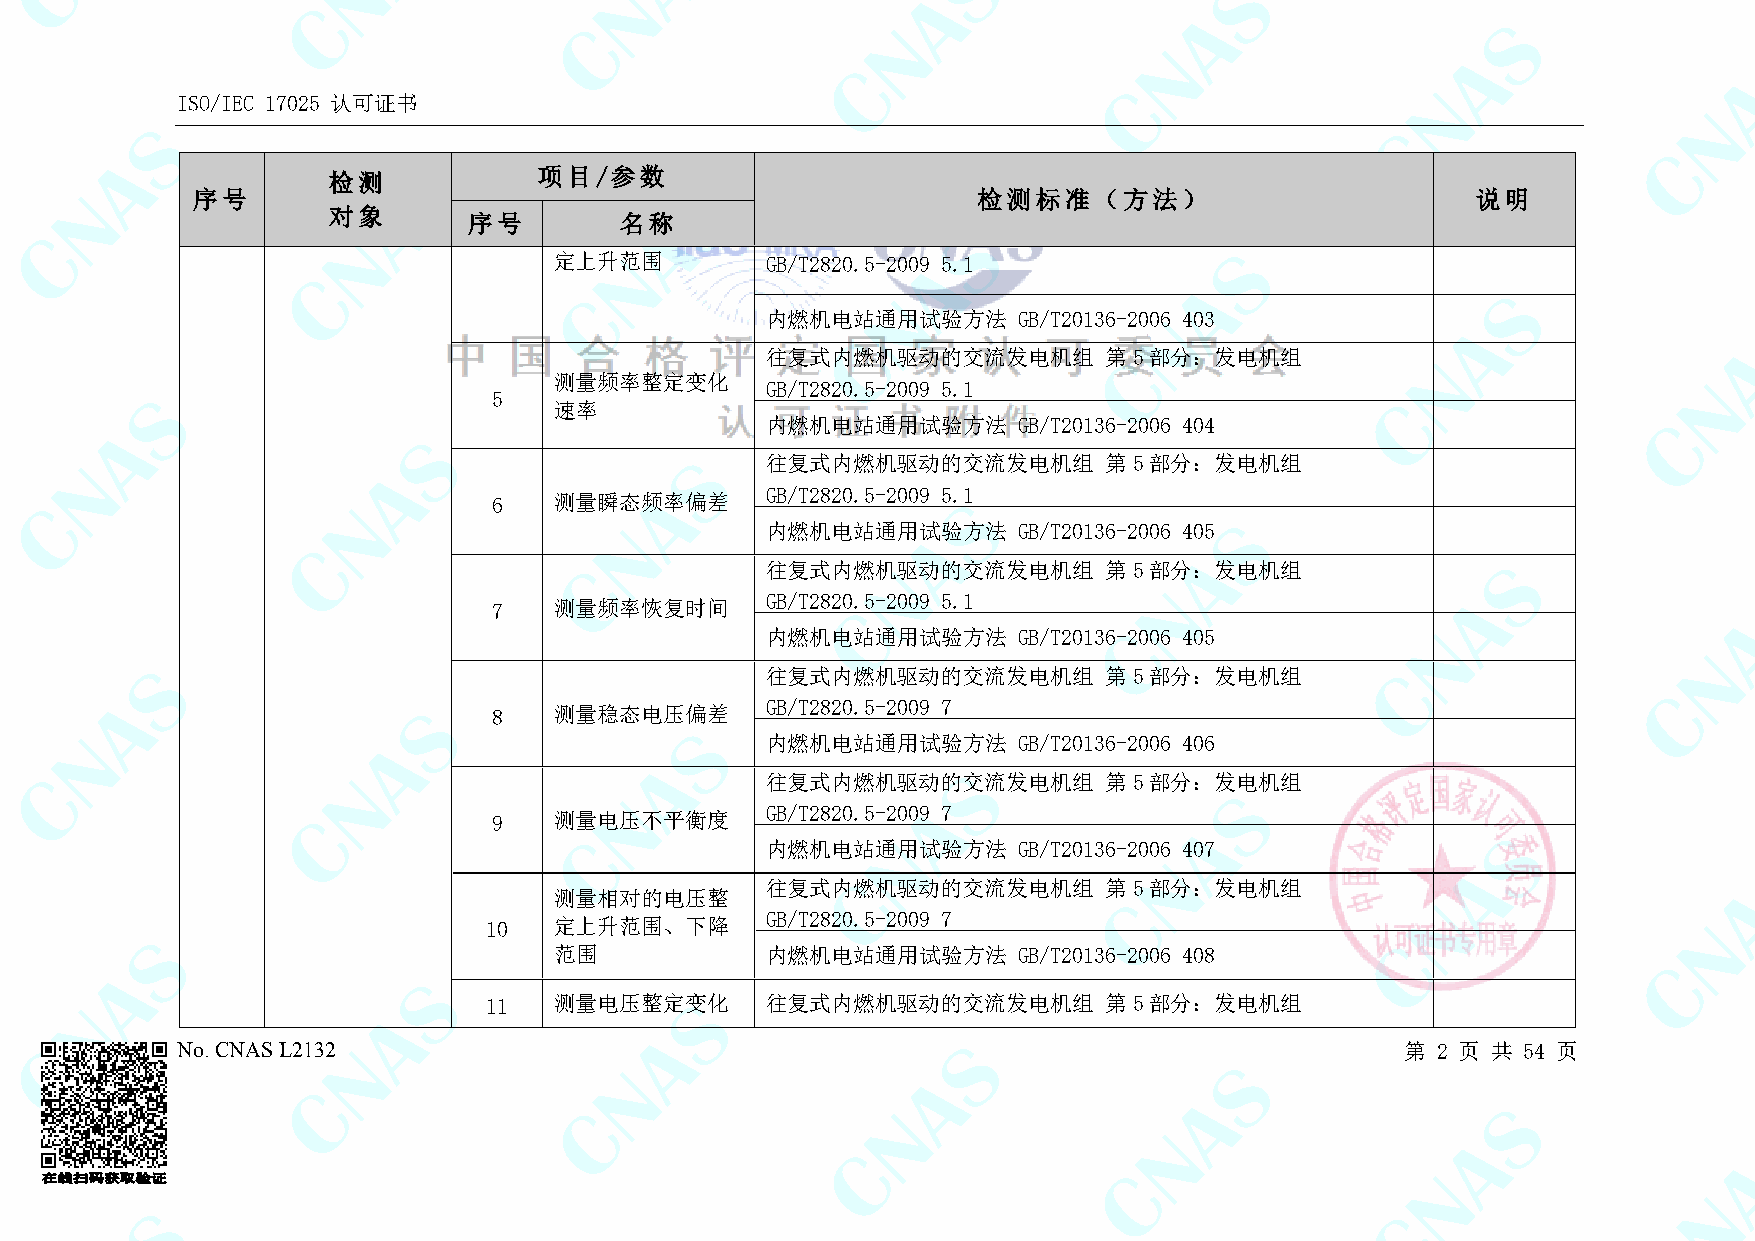
ISO/IEC 17025 认可证书
 检测            项目/参数
 序号                                                  检测标准（方法）                         说明
 对象
 序号        名称
 定上升范围         GB/T2820.5-2009 5.1
 内燃机电站通用试验方法     GB/T20136-2006 403
 往复式内燃机驱动的交流发电机组       第5部分：发电机组
 测量频率整定变化
 GB/T2820.5-2009 5.1
 5
 速率
 内燃机电站通用试验方法     GB/T20136-2006 404
 往复式内燃机驱动的交流发电机组       第5部分：发电机组
 GB/T2820.5-2009 5.1
 6   测量瞬态频率偏差
 内燃机电站通用试验方法     GB/T20136-2006 405
 往复式内燃机驱动的交流发电机组       第5部分：发电机组
 GB/T2820.5-2009 5.1
 7   测量频率恢复时间
 内燃机电站通用试验方法     GB/T20136-2006 405
 往复式内燃机驱动的交流发电机组       第5部分：发电机组
 GB/T2820.5-2009 7
 8   测量稳态电压偏差
 内燃机电站通用试验方法     GB/T20136-2006 406
 往复式内燃机驱动的交流发电机组       第5部分：发电机组
 GB/T2820.5-2009 7
 9   测量电压不平衡度
 内燃机电站通用试验方法     GB/T20136-2006 407
 往复式内燃机驱动的交流发电机组       第5部分：发电机组
 测量相对的电压整
 GB/T2820.5-2009 7
 10   定上升范围、下降
 范围            内燃机电站通用试验方法     GB/T20136-2006 408
 11   测量电压整定变化      往复式内燃机驱动的交流发电机组       第5部分：发电机组
 No. CNAS L2132                                                                   第 2 页 共 54 页